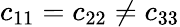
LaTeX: c_{11}=c_{22}\neq c_{33}